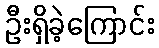
ဦးရှိခဲ့ကြောင်း